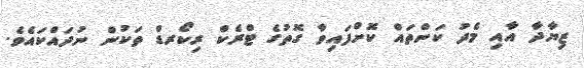
ޒިޔާދާ އާއި މެދު ކަންތައް ކޮށްފައިވާ ގޮތުގެ ޓްރެކް ރިކޯރޑް ތަކުން ނުދައްކައެވެ.